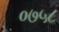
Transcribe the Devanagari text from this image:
०७५८